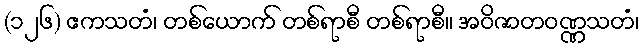
(၁၂၆) ဧကသတံ၊ တစ်ယောက် တစ်ရာစီ တစ်ရာစီ။ အဝိဇာတဝဏ္ဏသတံ၊